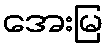
အေးမြ